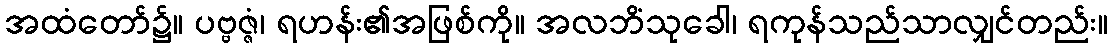
အထံတော်၌။ ပဗ္ဗဇ္ဇံ၊ ရဟန်း၏အဖြစ်ကို။ အလဘိံသုခေါ၊ ရကုန်သည်သာလျှင်တည်း။